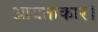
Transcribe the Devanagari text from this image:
आयताकार।